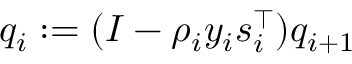
q _ { i } : = ( I - \rho _ { i } y _ { i } s _ { i } ^ { \top } ) q _ { i + 1 }